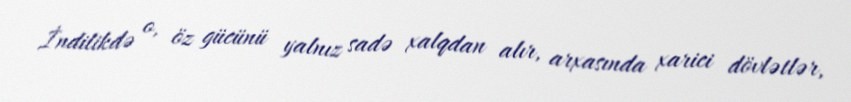
İndilikdə o, öz gücünü yalnız sadə xalqdan alır, arxasında xarici dövlətlər,